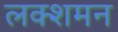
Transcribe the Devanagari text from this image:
लक्शमन